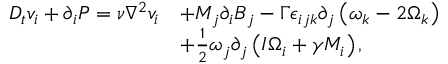
\begin{array} { r l } { D _ { t } v _ { i } + \partial _ { i } P = \nu \nabla ^ { 2 } v _ { i } } & { + M _ { j } \partial _ { i } B _ { j } - \Gamma \epsilon _ { i j k } \partial _ { j } \left( \omega _ { k } - 2 \Omega _ { k } \right) } \\ & { + \frac { 1 } { 2 } \omega _ { j } \partial _ { j } \left( I \Omega _ { i } + \gamma M _ { i } \right) , } \end{array}